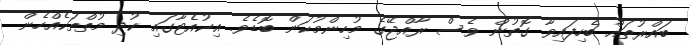
ބައްރުތައް ބެހިފައިވާ ގޮތުން ވެސް ރާއްޖޭގެ މުހިންމުކަން ބޮޑެވެ. އިކުއެޓާގައި ކުދި މުތްތަކެއްހެން